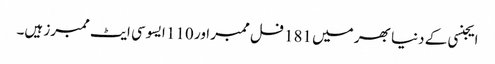
ایجنسی کے دنیا بھر میں 181 فل ممبر اور 110 ایسوسی ایٹ ممبرز ہیں۔